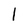
Character: l